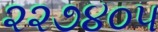
૨૨૭૪૦૫